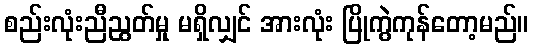
စည်းလုံးညီညွတ်မှု မရှိလျှင် အားလုံး ပြိုကွဲကုန်တော့မည်။